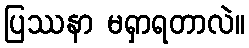
ပြဿနာ မရှာရတာလဲ။